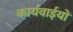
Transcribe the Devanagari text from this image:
कार्यवाईयों